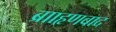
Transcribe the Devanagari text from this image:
ब्रााहृणवाद